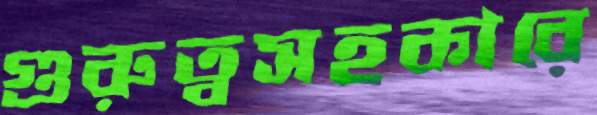
গুরুত্বসহকারে